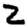
Digit: 2